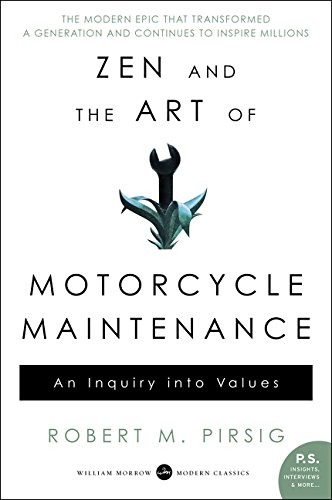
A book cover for Zen and the Art of Motorcycle Maintenance: An Inquiry Into Values; Robert M. Pirsig; Travel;